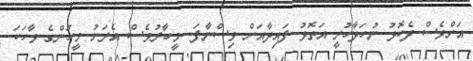
އަށްވެސް ދެކޮޅު ނުހަދާހުރީ އަތޮޅު ފައިދާއަށް ވިސްނާފަ.. މީހާރުވެސް އެރަށު މީހުންގެ ވާހަކަ